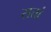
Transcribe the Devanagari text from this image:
सत्तां